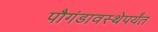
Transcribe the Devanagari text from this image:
पौगंडावस्थेपर्यंत